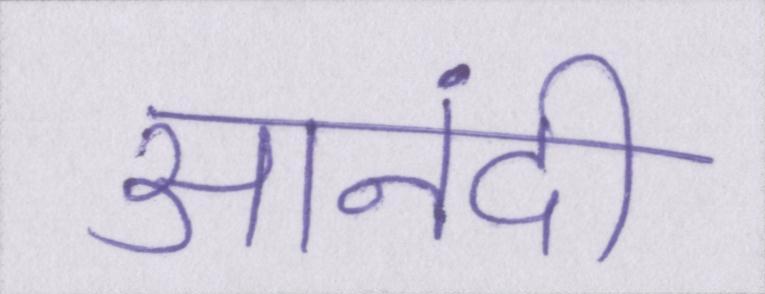
आनंदी